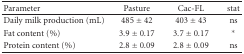
<table><thead><tr><td><b>Parameter</b></td><td><b>Pasture</b></td><td><b>Cac-FL</b></td><td><b>stat</b></td></tr></thead><tbody><tr><td>Daily milk production (mL)</td><td>485 ± 42</td><td>403 ± 43</td><td>ns</td></tr><tr><td>Fat content (%)</td><td>3.9 ± 0.17</td><td>3.7 ± 0.17</td><td>*</td></tr><tr><td>Protein content (%)</td><td>2.8 ± 0.09</td><td>2.8 ± 0.09</td><td>ns</td></tr></tbody></table>